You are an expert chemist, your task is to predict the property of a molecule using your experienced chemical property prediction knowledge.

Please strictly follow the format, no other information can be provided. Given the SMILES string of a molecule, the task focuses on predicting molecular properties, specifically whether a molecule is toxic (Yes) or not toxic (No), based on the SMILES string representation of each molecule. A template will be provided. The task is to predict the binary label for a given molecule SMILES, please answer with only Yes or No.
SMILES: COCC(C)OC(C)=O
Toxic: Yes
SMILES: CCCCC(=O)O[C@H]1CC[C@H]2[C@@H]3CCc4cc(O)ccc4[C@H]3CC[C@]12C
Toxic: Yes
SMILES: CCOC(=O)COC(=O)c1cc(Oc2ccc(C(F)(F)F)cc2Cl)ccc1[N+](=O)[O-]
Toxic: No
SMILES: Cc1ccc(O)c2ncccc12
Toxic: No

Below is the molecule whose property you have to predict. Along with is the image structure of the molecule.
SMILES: CCC(=O)Nc1ccc(O)cc1
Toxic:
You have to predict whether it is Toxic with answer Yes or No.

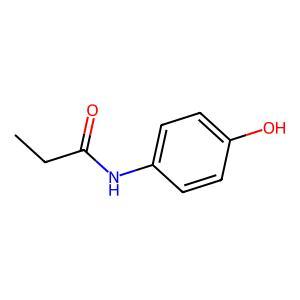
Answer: No